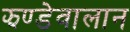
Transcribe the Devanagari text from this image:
झण्डेवालान